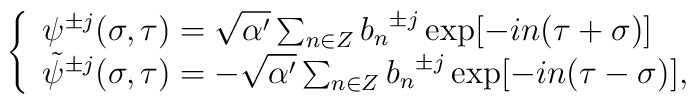
\left\{ \begin{array}{l} {\psi}^{\pm  j}(\sigma, \tau)  = \sqrt{\alpha'}\sum_{n  \in Z} {  b_{n}}^{\pm j}  \exp[-i n (\tau   + \sigma) ]  \\{\tilde{\psi}}^{\pm j}(\sigma, \tau) = - \sqrt{\alpha '}\sum_{n \in Z}{ b_{n}}^{\pm j} \exp[-i n (\tau - \sigma )], \end{array} \right.